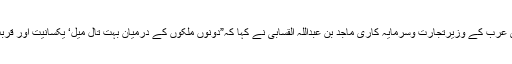
سعود ی عرب کے وزیرتجارت وسرمایہ کاری ماجد بن عبداللہ القسابی نے کہا کہ”دونوں ملکوں کے درمیان بہت تال میل‘ یکسانیت اور قربت ہے“۔